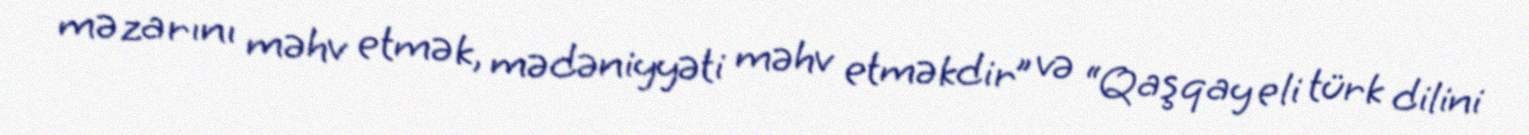
məzarını məhv etmək, mədəniyyəti məhv etməkdir” və “Qaşqay eli türk dilini